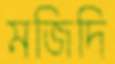
মজিদি